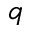
q